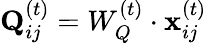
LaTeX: \mathbf{Q}_{ij}^{(t)}=W_{Q}^{(t)}\cdot\mathbf{x}_{ij}^{(t)}